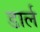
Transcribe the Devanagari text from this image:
डार्ल